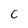
Character: C